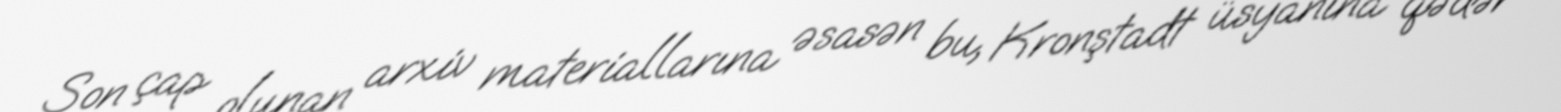
Son çap olunan arxiv materiallarına əsasən bu, Kronştadt üsyanına qədər